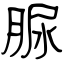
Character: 脲